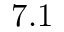
7 . 1